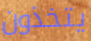
يتخذون